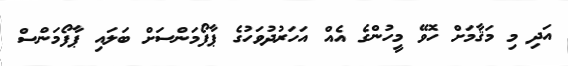
އަދި މި މަޤާމަށް ހޮވޭ މީހުންގެ އެއް އަހަރުދުވަހުގެ ޕާފޯމަންސަށް ބަލައި ޕާފޯމަންސް